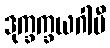
ဒုက္ခက္ခယဂါမီ